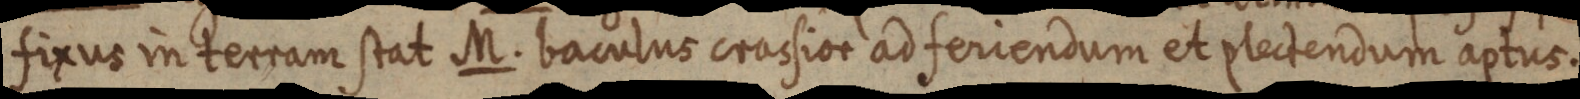
fixus in terram stat M. baculus crassior ad feriendum et plectendum aptus.